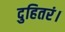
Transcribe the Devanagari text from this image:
दुहितरं।